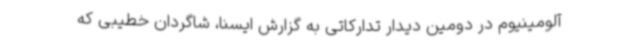
آلومینیوم در دومین دیدار تدارکاتی به گزارش ایسنا، شاگردان خطیبی که